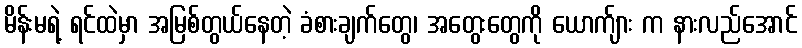
မိန်းမရဲ့ ရင်ထဲမှာ အမြစ်တွယ်နေတဲ့ ခံစားချက်တွေ၊ အတွေးတွေကို ယောက်ျား က နားလည်အောင်